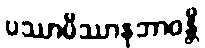
ပဿာမိဿာနုဘာဝန္တိ